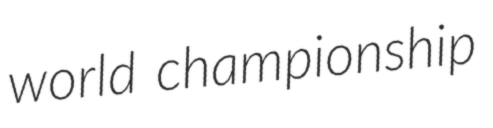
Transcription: world championship